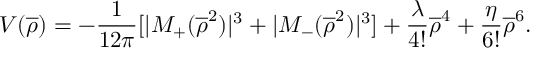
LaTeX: V ( \overline { { { \rho } } } ) = - \frac { 1 } { 1 2 \pi } [ | M _ { + } ( \overline { { { \rho } } } ^ { 2 } ) | ^ { 3 } + | M _ { - } ( \overline { { { \rho } } } ^ { 2 } ) | ^ { 3 } ] + \frac { \lambda } { 4 ! } \overline { { { \rho } } } ^ { 4 } + \frac { \eta } { 6 ! } \overline { { { \rho } } } ^ { 6 } .